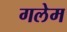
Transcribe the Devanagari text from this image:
गलेम